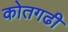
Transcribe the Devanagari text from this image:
कोतगढी